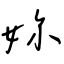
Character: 妳